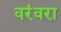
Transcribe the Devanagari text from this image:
वरंवरा